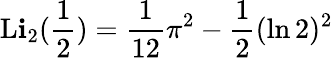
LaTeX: \operatorname{L\mathbf{i}}_{2}({\frac{{1}}{{2}}})={\frac{{1}}{{12}}}\pi^{2}-{\frac{{1}}{{2}}}(\ln2)^{2}